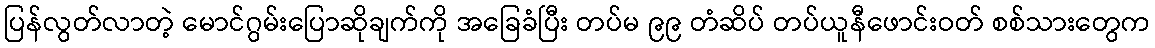
ပြန်လွတ်လာတဲ့ မောင်ဂွမ်းပြောဆိုချက်ကို အခြေခံပြီး တပ်မ ၉၉ တံဆိပ် တပ်ယူနီဖောင်းဝတ် စစ်သားတွေက